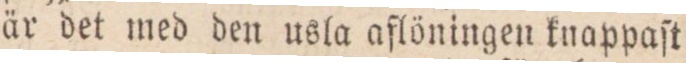
är det med den usla aflöningen knappaſt